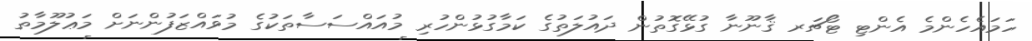
ހަމައެހެންމެ އެންޓި ޓޯޗަރ ޤާނޫނާ ގުޅޭގޮތުން ދައުލަތުގެ ކަމާގުޅުންހުރި މުއައްސަސާތަކުގެ މުވައްޒަފުންނަށް މަޢުލޫމާތު